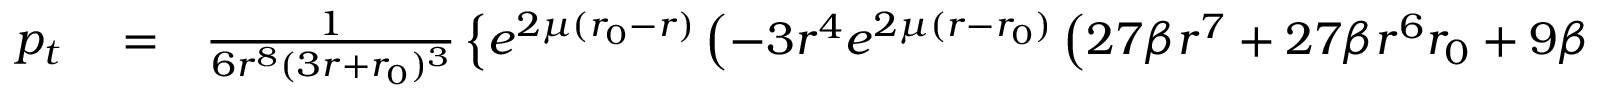
\begin{array} { r l r } { p _ { t } } & { { } = } & { \frac { 1 } { 6 r ^ { 8 } ( 3 r + { r _ { 0 } } ) ^ { 3 } } \left\lbrace e ^ { 2 \mu ( { r _ { 0 } } - r ) } \left( - 3 r ^ { 4 } e ^ { 2 \mu ( r - { r _ { 0 } } ) } \left( 2 7 \beta r ^ { 7 } + 2 7 \beta r ^ { 6 } { r _ { 0 } } + 9 \beta r ^ { 5 } { r _ { 0 } } ^ { 2 } \right. \right. \right. } \end{array}